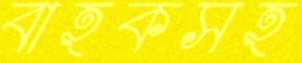
বাহকসহ